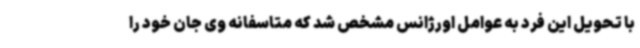
با تحویل این فرد به عوامل اورژانس مشخص شد که متاسفانه وی جان خود را